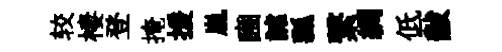
较棲登掩援嵐豳謔瓢繋綢低黻